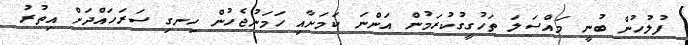
ފުލުހުން ބުނީ މައްސަލަ ތަހުގީގުކުރަމުން އަންނަ ކަމަށާއި ހަމަނުޖެހުން ހިނގި ސަރަހައްދަށް އިތުރު